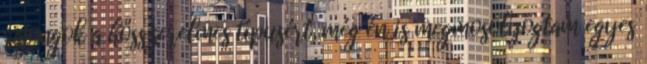
rajongok a hősszerelmes típusért, még én is megmosolyogtam egyes